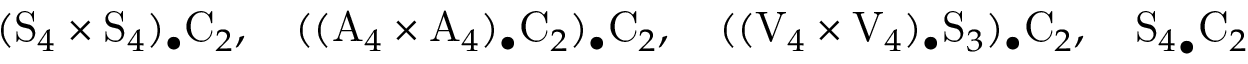
( \mathrm S _ { 4 } \times \mathrm S _ { 4 } ) _ { \bullet } \mathrm C _ { 2 } , \ \ \ ( ( \mathrm A _ { 4 } \times \mathrm A _ { 4 } ) _ { \bullet } \mathrm C _ { 2 } ) _ { \bullet } \mathrm C _ { 2 } , \ \ \ ( ( \mathrm V _ { 4 } \times \mathrm V _ { 4 } ) _ { \bullet } \mathrm S _ { 3 } ) _ { \bullet } \mathrm C _ { 2 } , \ \ \ { \mathrm S _ { 4 } } _ { \bullet } \mathrm C _ { 2 }